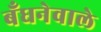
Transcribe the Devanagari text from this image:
बँधनेवाले